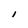
Character: I